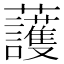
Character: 𧅰